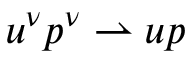
u ^ { \nu } p ^ { \nu } \rightharpoonup u p